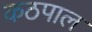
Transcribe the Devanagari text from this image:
कठपाल